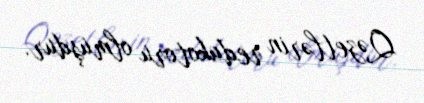
Qəzetlərin redakotoru olmuşdur.